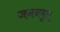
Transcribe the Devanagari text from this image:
जननमूत्र